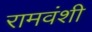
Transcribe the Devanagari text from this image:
रामवंशी